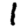
Digit: 1